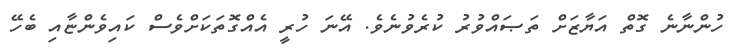
ހުންނާނެ ގޮތް އަޔާޒަށް ތަޞައްވުރު ކުރެވުނެވެ. އޭނަ ހުރީ އެއްގޮތަކަށްވެސް ކައިވެންޏާއި ބެހޭ